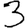
Digit: 3